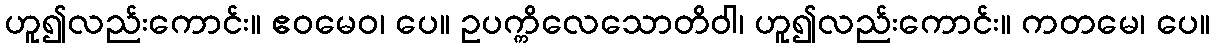
ဟူ၍လည်းကောင်း။ ဧဝမေဝ၊ ပေ။ ဥပက္ကိလေသောတိဝါ၊ ဟူ၍လည်းကောင်း။ ကတမေ၊ ပေ။